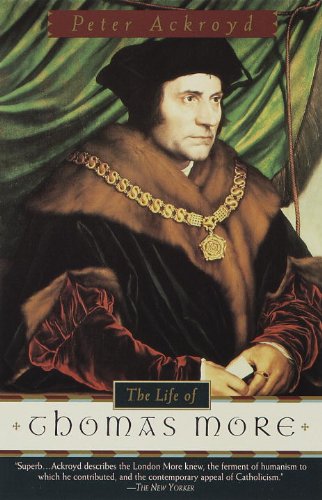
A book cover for The Life of Thomas More; Peter Ackroyd; Christian Books & Bibles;